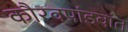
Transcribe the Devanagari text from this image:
कौरवपांडवांत